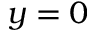
y = 0